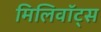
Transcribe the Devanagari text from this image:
मिलिवॉट्स